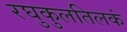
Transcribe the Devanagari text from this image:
रघुकुलतिलकं